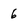
Character: 6